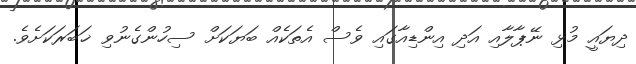
ދިޔައީ މުޅި ނޭޕާލާއި އަދި އިންޑިއާގައި ވެސް އެތަކެއް ބަޔަކަށް ސިހުންގެނުވި ޚަބަރަކަށެވެ.